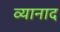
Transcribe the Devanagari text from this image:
व्यानाद